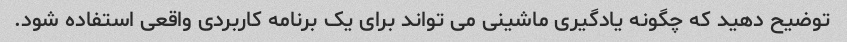
توضیح دهید که چگونه یادگیری ماشینی می تواند برای یک برنامه کاربردی واقعی استفاده شود.